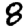
Digit: 8